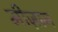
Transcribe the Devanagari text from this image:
मीज़ान